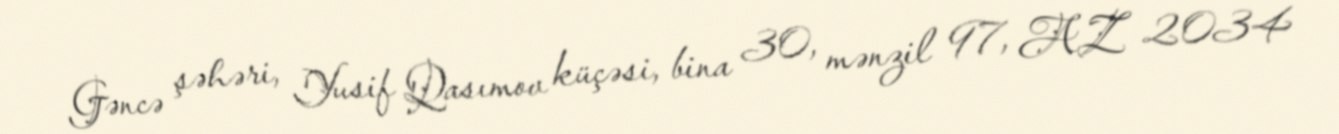
Gəncə şəhəri, Yusif Qasımov küçəsi, bina 30, mənzil 97, AZ 2034